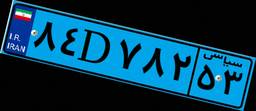
۰۱D۷۹۹۰۲